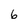
Character: 6